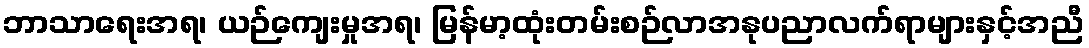
ဘာသာရေးအရ၊ ယဉ်ကျေးမှုအရ၊ မြန်မာ့ထုံးတမ်းစဉ်လာအနုပညာလက်ရာများနှင့်အညီ